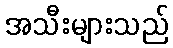
အသီးများသည်